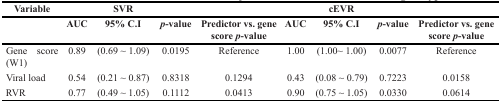
| Variable | <COLSPAN=3> SVR |  | <COLSPAN=3> cEVR |  |
 |  | AUC | 95% C.I | p-value | Predictor vs. gene score p-value | AUC | 95% C.I | p-value | Predictor vs. gene score p-value |
 | --- | --- | --- | --- | --- | --- | --- | --- | --- |
 | Gene score (W1) | 0.89 | (0.69 ~ 1.09) | 0.0195 | Reference | 1.00 | (1.00~ 1.00) | 0.0077 | Reference |
 | Viral load | 0.54 | (0.21 ~ 0.87) | 0.8318 | 0.1294 | 0.43 | (0.08 ~ 0.79) | 0.7223 | 0.0158 |
 | RVR | 0.77 | (0.49 ~ 1.05) | 0.1112 | 0.0413 | 0.90 | (0.75 ~ 1.05) | 0.0330 | 0.0614 |